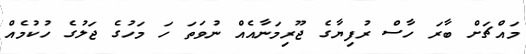
މައްޗަށް ބާރަ ހާސް ރުފިޔާގެ ޖޫރިމަނާއެއް ނުވަތަ ހަ މަހުގެ ޖަލުގެ ހުކުމެއް